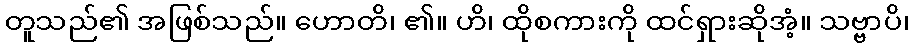
တူသည်၏ အဖြစ်သည်။ ဟောတိ၊ ၏။ ဟိ၊ ထိုစကားကို ထင်ရှားဆိုအံ့။ သဗ္ဗာပိ၊